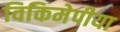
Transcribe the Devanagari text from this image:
विकिमेपीया